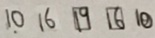
1 0 1 6 \boxed { 1 9 } \boxed { 1 6 } 1 0